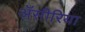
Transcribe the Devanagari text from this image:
ॲसीरिया